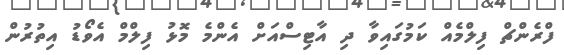
ފްރެންޗް ފިލްމެއް ކަމުގައިވާ ދި އާޓިސްއަށް އެންމެ މޮޅު ފިލްމް އެވޯޑު އިތުރުން